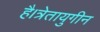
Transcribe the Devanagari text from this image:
है।त्रेतायुगीन